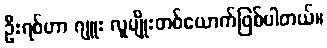
ဦးရစ်ဟာ ဂျူး လူမျိုးတစ်ယောက်ဖြစ်ပါတယ်။